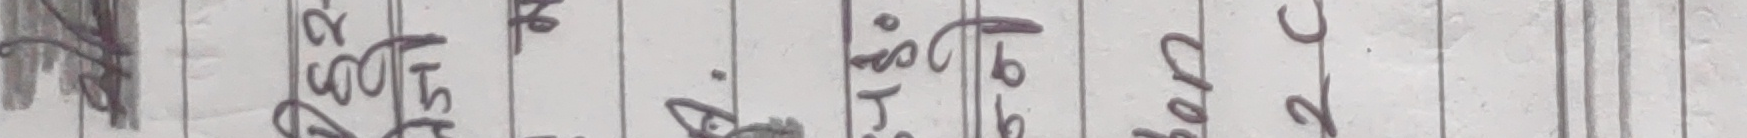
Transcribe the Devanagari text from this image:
२ ढुंगामा काठीका २००० ट